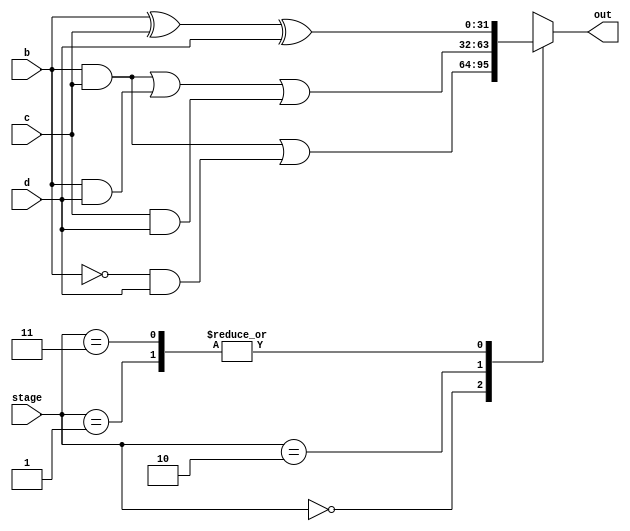
module ft(b,c,d,stage,out);
     input [1:0]stage;
     input [31:0] b,c,d;
     output reg [0:31] out;
     always@(*)
     begin
     case(stage)
     2'b00:out=((b&c)|((~b)&d));
     2'b01:out= b^c^d;
     2'b10:out=(((b&c)|(b&d))|(c&d));
     2'b11:out= b^c^d;
     endcase
     end
endmodule